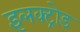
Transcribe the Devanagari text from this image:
इलक्ट्रोड